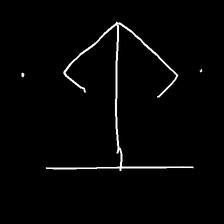
Glyph: earth